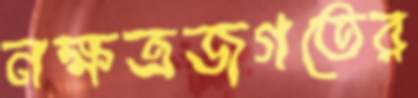
নক্ষত্রজগতের